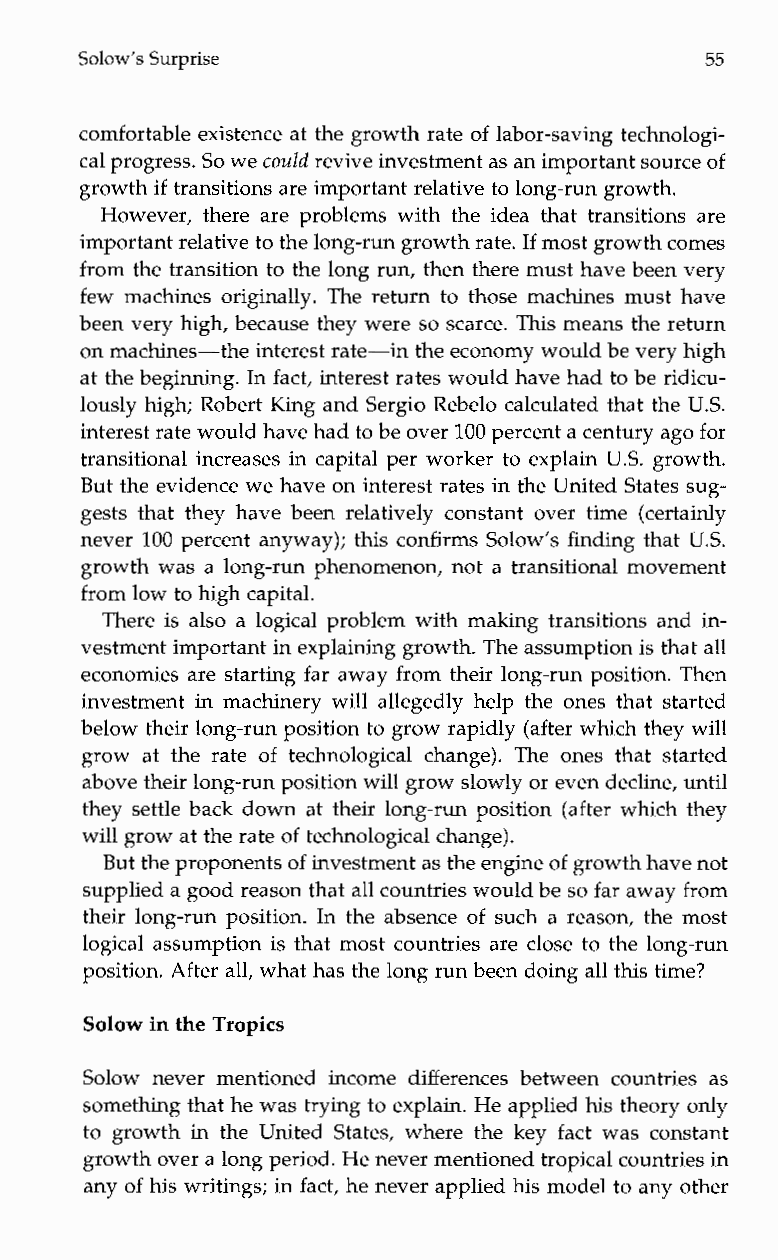
Solow’s Surprise                          55
 comfortable existence at the growth rate of labor-saving technologi-
 cal progress. So we could revive investment asa n important sourceo f
 growth if transitions are important relativet o long-run growth.
 However, there are problems with the idea that transitions are
 important relative to the long-run growth rIaf tme. ost growthc omes
 from the transition to the long run, then there must have been very
 few machines originally. The return to those machines must have
 been very high, because they were so scarce. This means the return
 on machines-the interest rate-in the economy would be very high
 at the beginning. In fact, interest rates would have had to be ridicu-
 lously high; Robert King and Sergio Rebelo calculated that the U.S.
 interest rate would have hadto be over 100 percent a century agofo r
 transitional increases in capital per worker to explain U.S. growth.
 But the evidence we have on interest rates in the United States sug-
 gests that they have been relatively constant over time (certainly
 never 100 percent anyway); this confirms Solow’s finding that US.
 growth was a long-run phenomenon, not a transitional movement
 from low to high capital.
 There is also a logical problem with making transitions and in-
 vestment important in explaining growth.T he assumption is that all
 economies are starting far away from their long-run position. Then
 investment in machinery will allegedly help the ones that started
 below their long-run position to grow rapidly (after which they will
 growa tt her ate of technological change). The onest hats tarted
 above their long-run positionw ill grow slowly or evend ecline, until
 they settle back down at their long-run position (after which they
 will grow at the rate of technological change).
 But the proponents of investment as the engineof growth have not
 supplied a good reason thata ll countries would be so far away from
 their long-run position. In the absence of such a reason, the most
 logical assumption is that most countries are close to the long-run
 position. After all, what has the long run been doing all this time?
 Solow in the Tropics
 Solow neverm entioned income differences betweenc ountriesa s
 something that he was trying to explain. He applied his theoryo nly
 to growth in the United States, where the keyf act was constant
 growth over a long period.H e never mentioned tropical countries in
 any of his writings; in fact, he never applied his model to any other